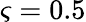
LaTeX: \varsigma=0.5